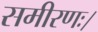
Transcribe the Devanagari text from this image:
समीरणः।